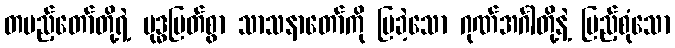
တပည့်တော်တို့ရဲ့ ဗုဒ္ဓမြတ်စွာ သာသနာတော်ကို ပြခဲ့သော ဂုဏ်အင်္ဂါတို့နဲ့ ပြည့်စုံသော